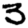
Digit: 3